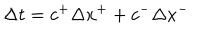
LaTeX: \Delta t = c ^ { + } \Delta x ^ { + } + c ^ { - } \Delta x ^ { - }